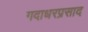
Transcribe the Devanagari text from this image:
गदाधरप्रसाद